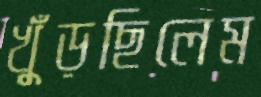
খুঁড়ছিলেম